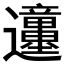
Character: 𲆊